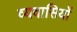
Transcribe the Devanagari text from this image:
व्यवासियों